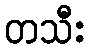
တသီး